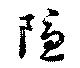
隠